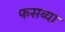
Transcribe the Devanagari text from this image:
फसव्या